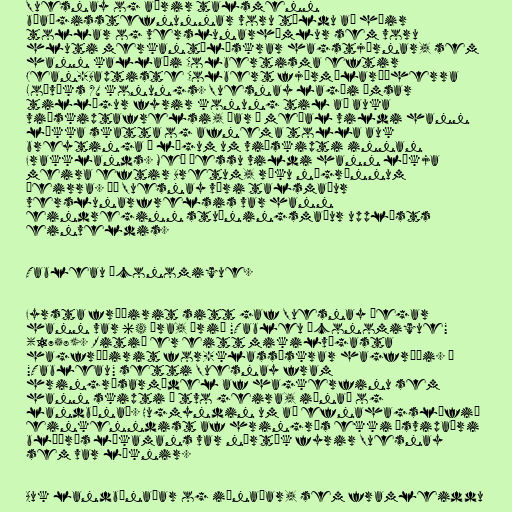
Quesnay og aðrir talsmenn
búaðgisstefnunnar voru töldu að háir
tollar og verslunarhömlur sem voru
hluti merkantílískrar hagstjórnar, sem
hann kallaði Colbertisma eftir
Jean-Baptiste Colbert fjármálaráðherra
Loðvíks XV konungs. Quesnay lagði ýmsar
tillögur fyrir konung til að auka
viðskiptafrelsi, þar á meðal vildi hann
lækka skatta og afnema tolla auk
breytinga á lögum um viðskipti innan
Frakklands. Með þessu vildi hann líkja
meira eftir Bretum, ríku nágrönnum
þeirra. Þó Quesnay væri talsmaður
verslunarfrelsis var hann
eindreginn stuðningsmaður upplýsts
einveldis.

Tableau économique.

Fyrsta fræðirit sitt gaf Quesnay þegar
hann var 64 ára, árið "Tableu économique"
(1758). Ritið er eitt mikilvægasta
hagfræðirit for-klassískrar hagfræði. Í
"Tableau" setti Quesnay fram
hringrásarmódel af hagkerfinu sem
hann skipti í tvo geira, iðnað og
landbúnað. Hugmyndin um að efnahagslífið
einkenndist af hringrás ekki ósvipaðri
blóðrás líkamans var nærtæk fyrir Quesnay
sem var læknir.

Auk landbúnaðar og iðnaðar, sem framleiddu